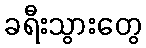
ခရီးသွားတွေ